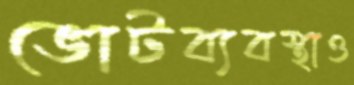
ভোটব্যবস্থাও